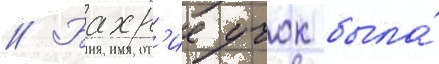
// Бахр'ие учок была́